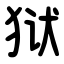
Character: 狱